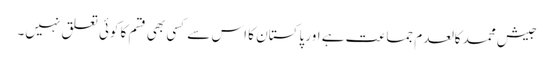
جیش محمد کالعدم جماعت ہے اور پاکستان کا اس سے کسی بھی قسم کا کوئی تعلق نہیں۔